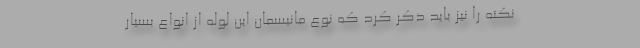
نکته را نیز باید ذکر کرد که نوع مانیسمان این لوله از انواع بسیار